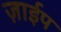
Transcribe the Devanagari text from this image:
ज़ाईप